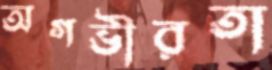
অগভীরতা